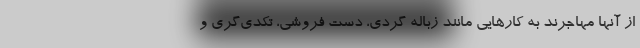
از آنها مهاجرند به کارهایی مانند زباله گردی، دست فروشی، تکدی‌گری و